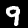
Digit: 9